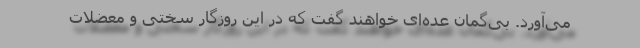
می‌آورد. بی‌گمان عده‌ای خواهند گفت که در این روزگار سختی و معضلات